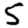
Digit: 5